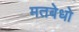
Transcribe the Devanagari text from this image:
मतबेधो